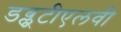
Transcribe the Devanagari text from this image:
डब्लूटीएलवी